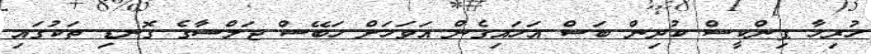
ހުރިހާ ޕިންކީސް ކުދިން ބަސް އަހައިގެން އަވަހަށް ހަބޭސް ޖަލްސާގެ ގޮނޑި ތަކުގައި